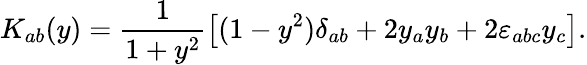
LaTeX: K_{ab}(y)=\frac 1{1+y^{2}}\left[(1-y^{2})\delta_{ab}+2y_{a}y_{b}+2\varepsilon_{abc}y_{c}\right].